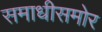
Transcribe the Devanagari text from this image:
समाधीसमोर